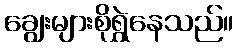
ချွေးများစိုရွှဲနေသည်။